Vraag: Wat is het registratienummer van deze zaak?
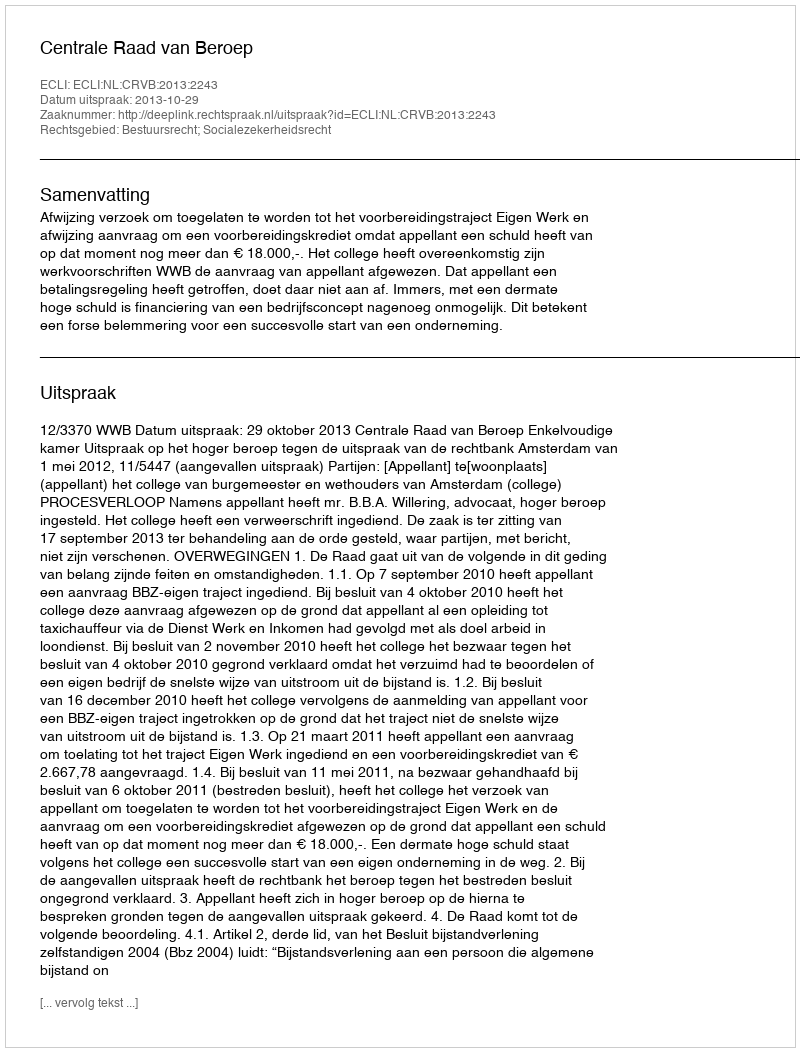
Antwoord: http://deeplink.rechtspraak.nl/uitspraak?id=ECLI:NL:CRVB:2013:2243